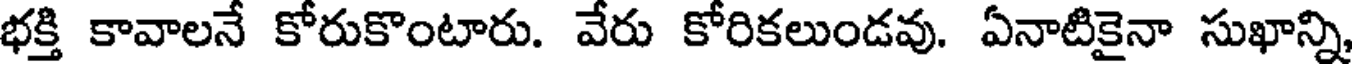
భక్తి కావాలనే కోరుకొంటారు. వేరు కోరికలుండవు. ఏనాటికైనా సుఖాన్ని